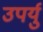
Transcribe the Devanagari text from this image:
उपर्यु